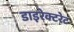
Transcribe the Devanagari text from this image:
डाइरेक्टरेट